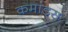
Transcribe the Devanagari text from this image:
कमांड्‌स